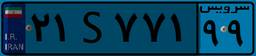
۵۰S۵۱۸۶۷